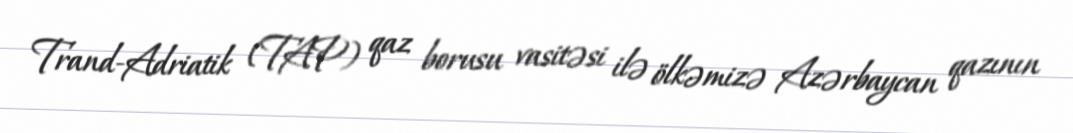
Trand-Adriatik (TAP) qaz borusu vasitəsi ilə ölkəmizə Azərbaycan qazının